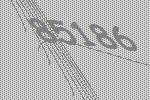
85186